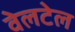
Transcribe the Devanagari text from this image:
वेलटेल